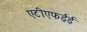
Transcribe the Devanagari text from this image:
एटीएफईई